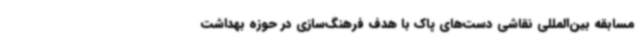
مسابقه بین‌المللی نقاشی دست‌های پاک با هدف فرهنگ‌سازی در حوزه بهداشت